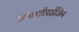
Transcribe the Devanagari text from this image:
ऑक्सीडाईजिंग